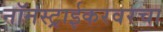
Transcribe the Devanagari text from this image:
नॉनस्ट्राईकरवरचा